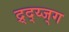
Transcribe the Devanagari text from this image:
द्र्द्य्ज्ग